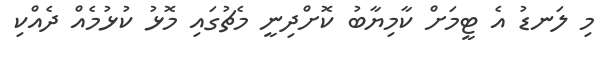
މި ލަނޑު އެ ޓީމަށް ކާމިޔާބު ކޮށްދިނީ މެޗުގައި މޮޅު ކުޅުމެއް ދެއްކި